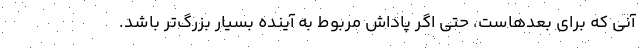
آنی که برای بعدهاست، حتی اگر پاداش مربوط به آینده بسیار بزرگ‌تر باشد.